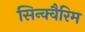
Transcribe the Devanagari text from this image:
सिन्क्वैरिम